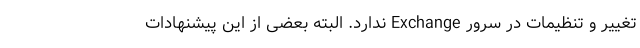
تغییر و تنظیمات در سرور Exchange ندارد. البته بعضی از این پیشنهادات